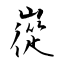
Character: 嵸